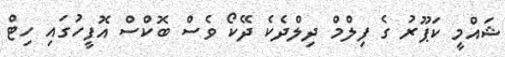
ޝައްމީ ކަޕޫރު ގެ ފިލްމް ދިލްދެކެ ދޭކޯ ވެސް ބޮކްސް އޮފީހުގައި ހިޓް